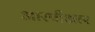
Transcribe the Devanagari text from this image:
आरपीआर